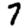
Digit: 7